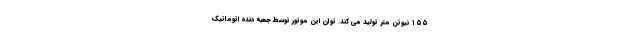
۱۵۵ نیوتن متر تولید می کند. توان این موتور توسط جعبه دنده اتوماتیک